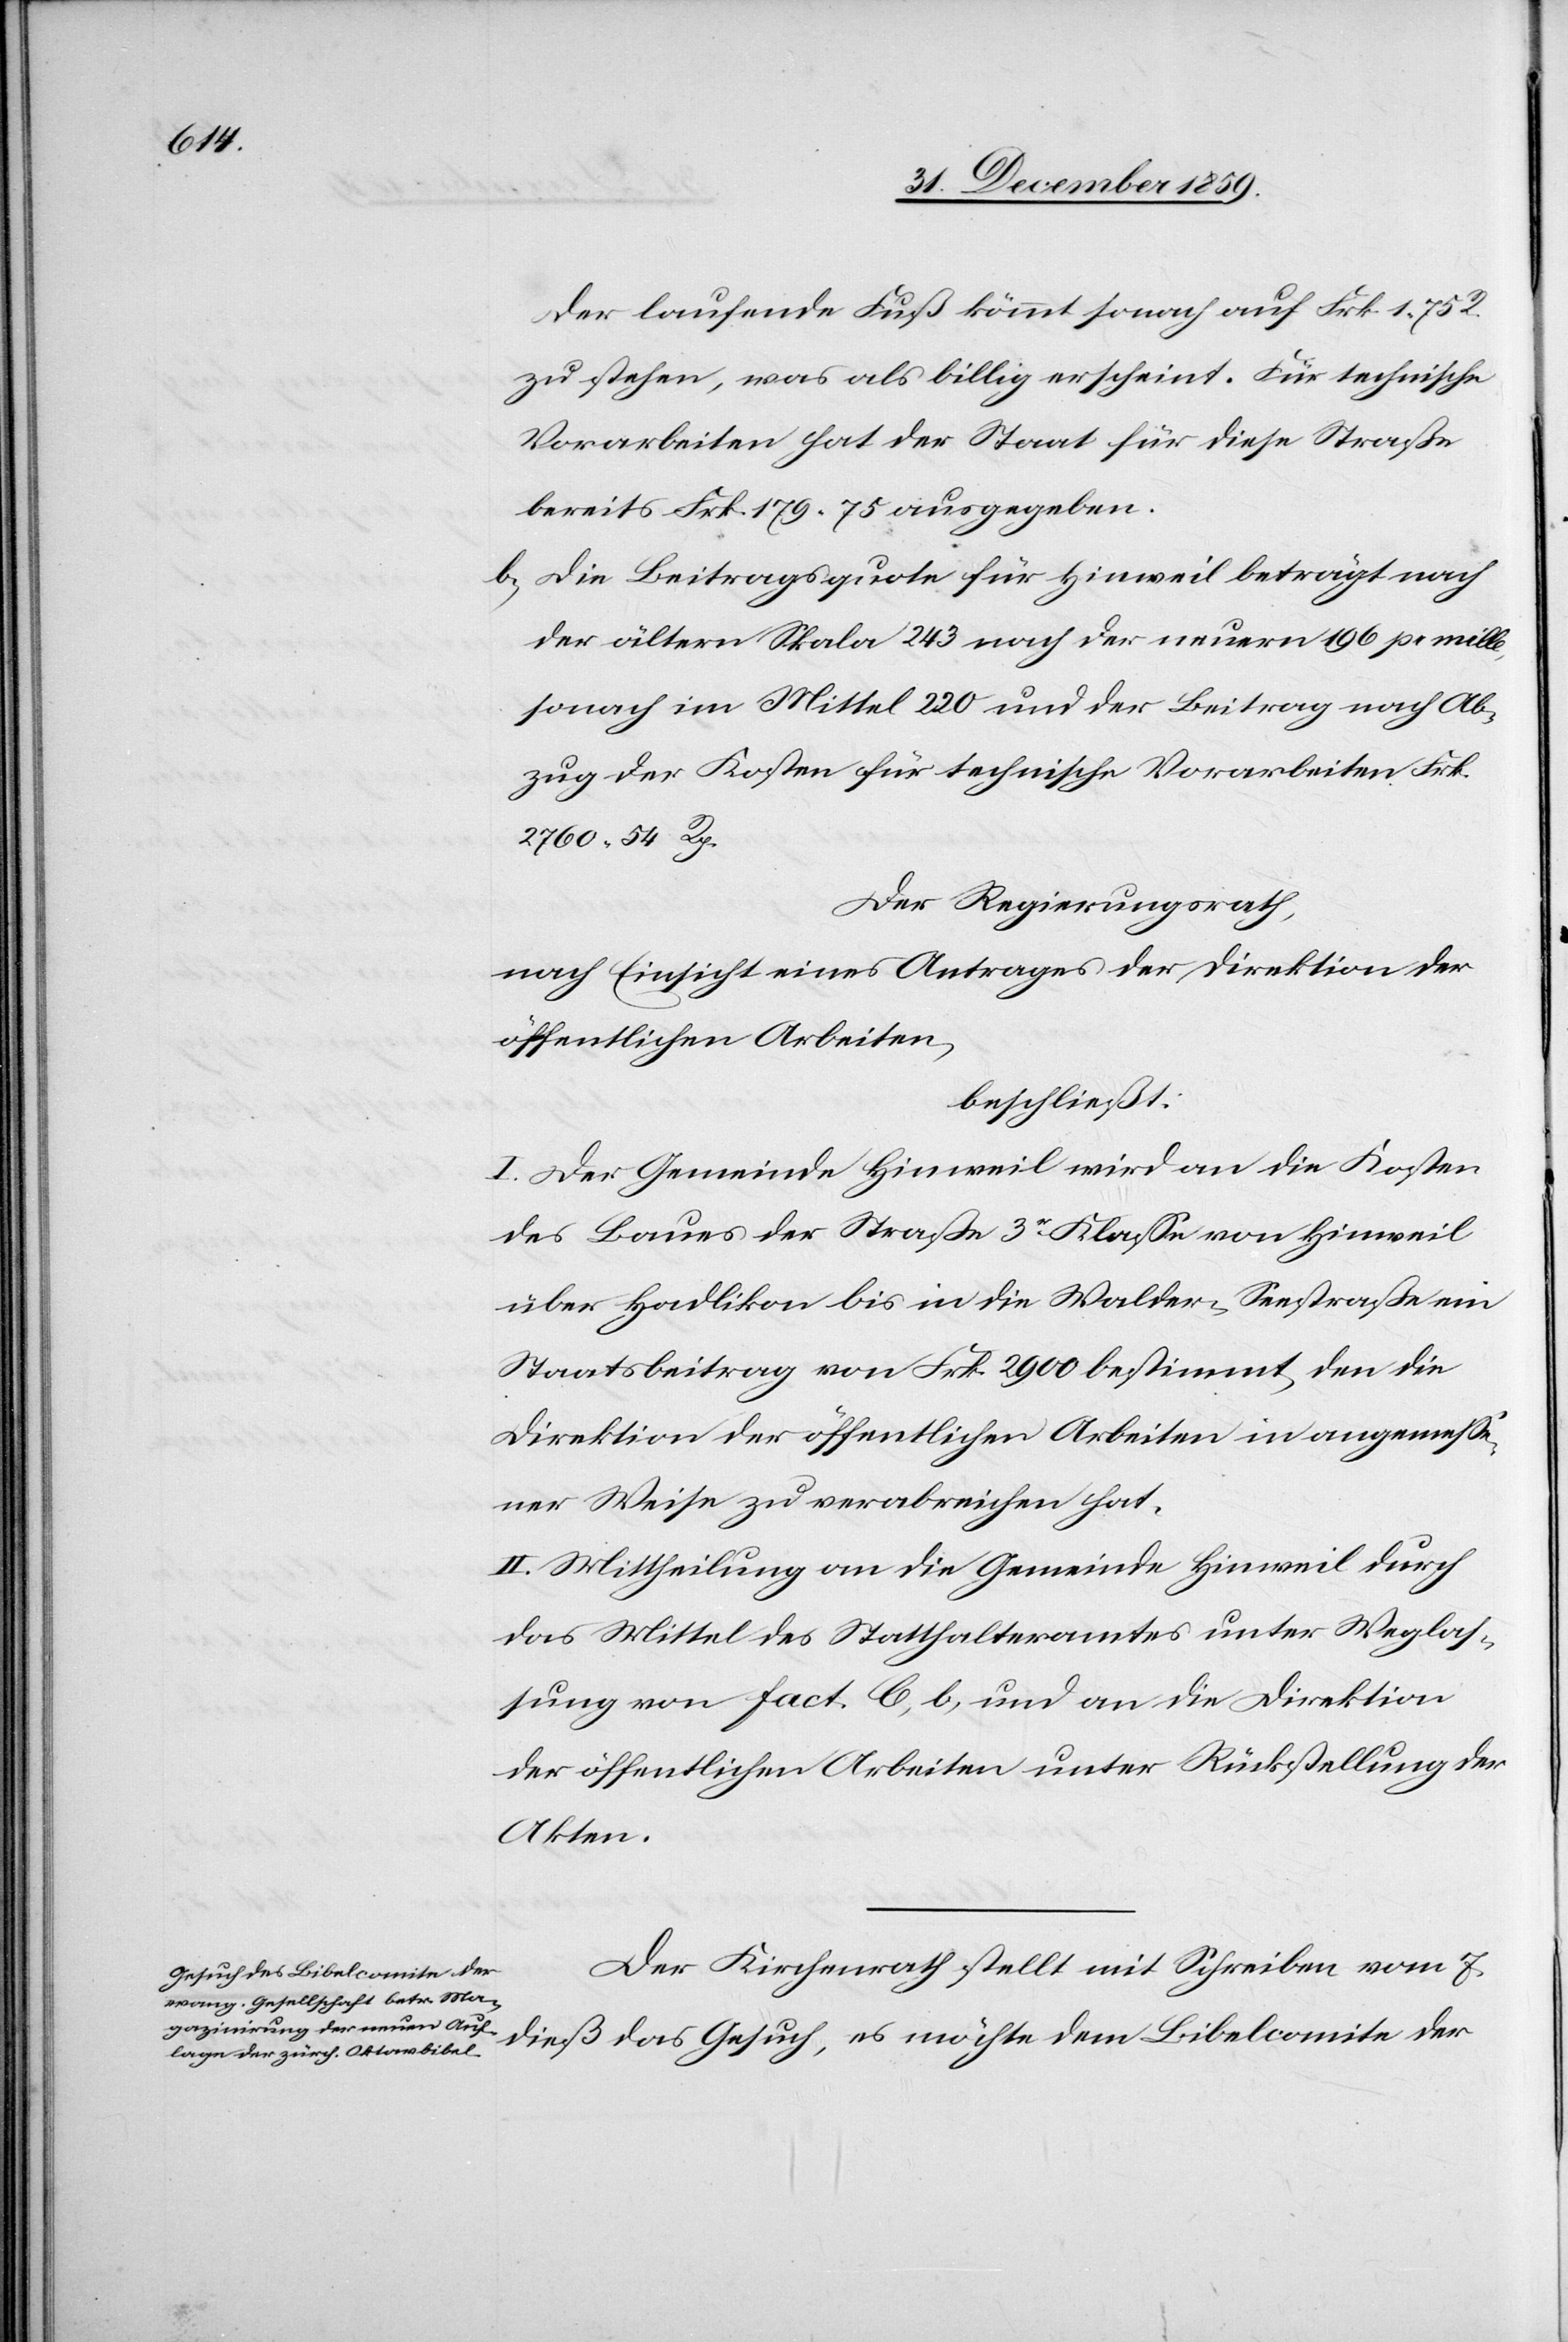
Der laufende Fuß kömmt sonach auf Frk. 1 75 R.
zu stehen, was als billig erscheint. Für technische
Vorarbeiten hat der Staat für diese Straße
bereits Frk. 179.75 ausgegeben.
b.) Die Beitragsquote für Hinweil beträgt nach
der ältern Skala 243 nach der neuern 196 pr mille,
sonach im Mittel 220 und der Beitrag nach Ab¬
zug der Kosten für technische Vorarbeiten Frk.
276 54 Rp.
Der Regierungsrath,
nach Einsicht eines Antrages der Direktion der
öffentlichen Arbeiten,
beschließt:
I. Der Gemeinde Hinweil wird an die Kosten
des Baues der Straße 3r Klasse von Hinweil
über Hadlikon bis in die Walder-Seestraße ein
Staatsbeitrag von Frk. 2900 bestimmt, den die
Direktion der öffentlichen Arbeiten in angemesse¬
ner Weise zu verabreichen hat.
II. Mittheilung an die Gemeinde Hinweil durch
das Mittel des Statthalteramtes unter Weglas¬
sung von fact. C, b, und an die Direktion
der öffentlichen Arbeiten unter Rückstellung der
Akten.
Der Kirchenrath stellt mit Schreiben vom 7.
dieß das Gesuch, es möchte dem Bibelcomite der